Indian journal of veterinary science and animal husbandry - Volumes 26-27, 1956-1957
Year: 1956
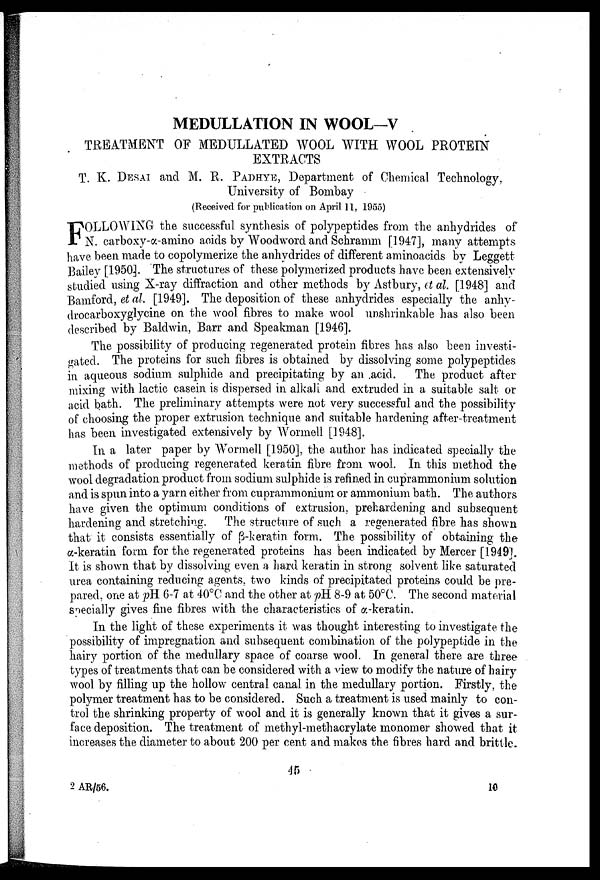
MEDULLATION IN WOOL—V
TREATMENT OF MEDULLATED WOOL WITH WOOL PROTEIN
EXTRACTS
T. K. DESAI and M. R. PADHYE, Department of Chemical Technology,
University of Bombay
(Received for publication on April 11, 1955)
F OLLOWING the successful synthesis of polypeptides from the anhydrides of
N. carboxy-α-amino acids by Woodword and Schramm [1947], many attempts
have been made to copolymerize the anhydrides of different aminoacids by Leggett
Bailey [1950]. The structures of these polymerized products have been extensively
studied using X-ray diffraction and other methods by Astbury, et al. [1948] and
Bamford, et al. [1949]. The deposition of these anhydrides especially the anhy-
drocarboxyglycine on the wool fibres to make wool unshrinkable has also been
described by Baldwin, Barr and Speakman [1946].
The possibility of producing regenerated protein fibres has also been investi
gated. The proteins for such fibres is obtained by dissolving some polypeptides
in aqueous sodium sulphide and precipitating by an acid. The product after
mixing with lactic casein is dispersed in alkali and extruded in a suitable salt or
acid bath. The preliminary attempts were not very successful and the possibility
of choosing the proper extrusion technique and suitable hardening after-treatment
has been investigated extensively by Wormell [1948].
In a later paper by Wormell [1950], the author has indicated specially the
methods of producing regenerated keratin fibre from wool. In this method the
wool degradation product from sodium sulphide is refined in cuprammonium solution
and is spun into a yarn either from cuprammonium or ammonium bath. The authors
have given the optimum conditions of extrusion, prehardening and subsequent
hardening and stretching. The structure of such a regenerated fibre has shown
that it consists essentially of ß-keratin form. The possibility of obtaining the
α-keratin form for the regenerated proteins has been indicated by Mercer [1949].
It is shown that by dissolving even a hard keratin in strong solvent like saturated
urea containing reducing agents, two kinds of precipitated proteins could be pre
pared, one at pH 6-7 at 40°C and the other at pH 8-9 at 50°C. The second material
specially gives fine fibres with the characteristics of α-keratin.
In the light of these experiments it was thought interesting to investigate the
possibility of impregnation and subsequent combination of the polypeptide in the
hairy portion of the medullary space of coarse wool. In general there are three
types of treatments that can be considered with a view to modify the nature of hairy
wool by filling up the hollow central canal in the medullary portion. Firstly, the
polymer treatment has to be considered. Such a treatment is used mainly to con
trol the shrinking property of wool and it is generally known that it gives a sur
face deposition. The treatment of methyl-methacrylate monomer showed that it
increases the diameter to about 200 per cent and makes the fibres hard and brittle-
45
2 AR/56.
10